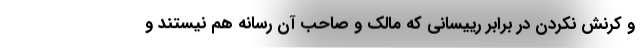
و کرنش نکردن در برابر رییسانی که مالک و صاحب آن رسانه هم نیستند و